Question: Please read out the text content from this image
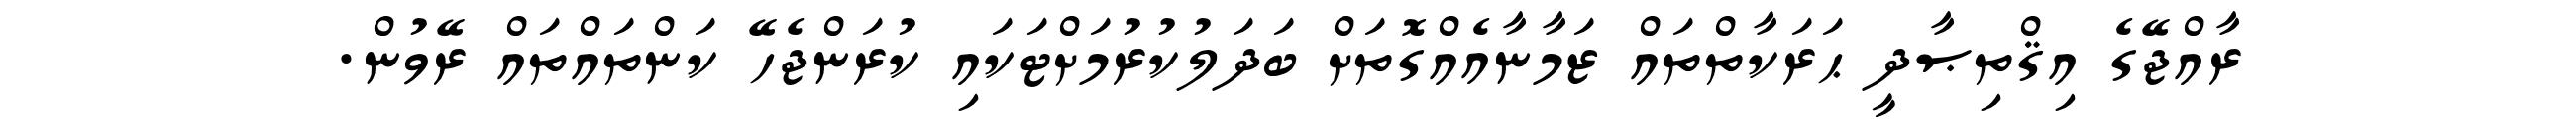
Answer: ރާއްޖޭގެ އިޤްތިޞާދީ ޙަރަކާތްތައް ޒަމާނާއެއްގޮތަށް ބަދަލުކުރުމަށްޓަކައި ކުރަންޖެހޭ ކަންތައްތައް ރޭވުން.